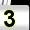
Digit: 3